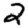
Digit: 2